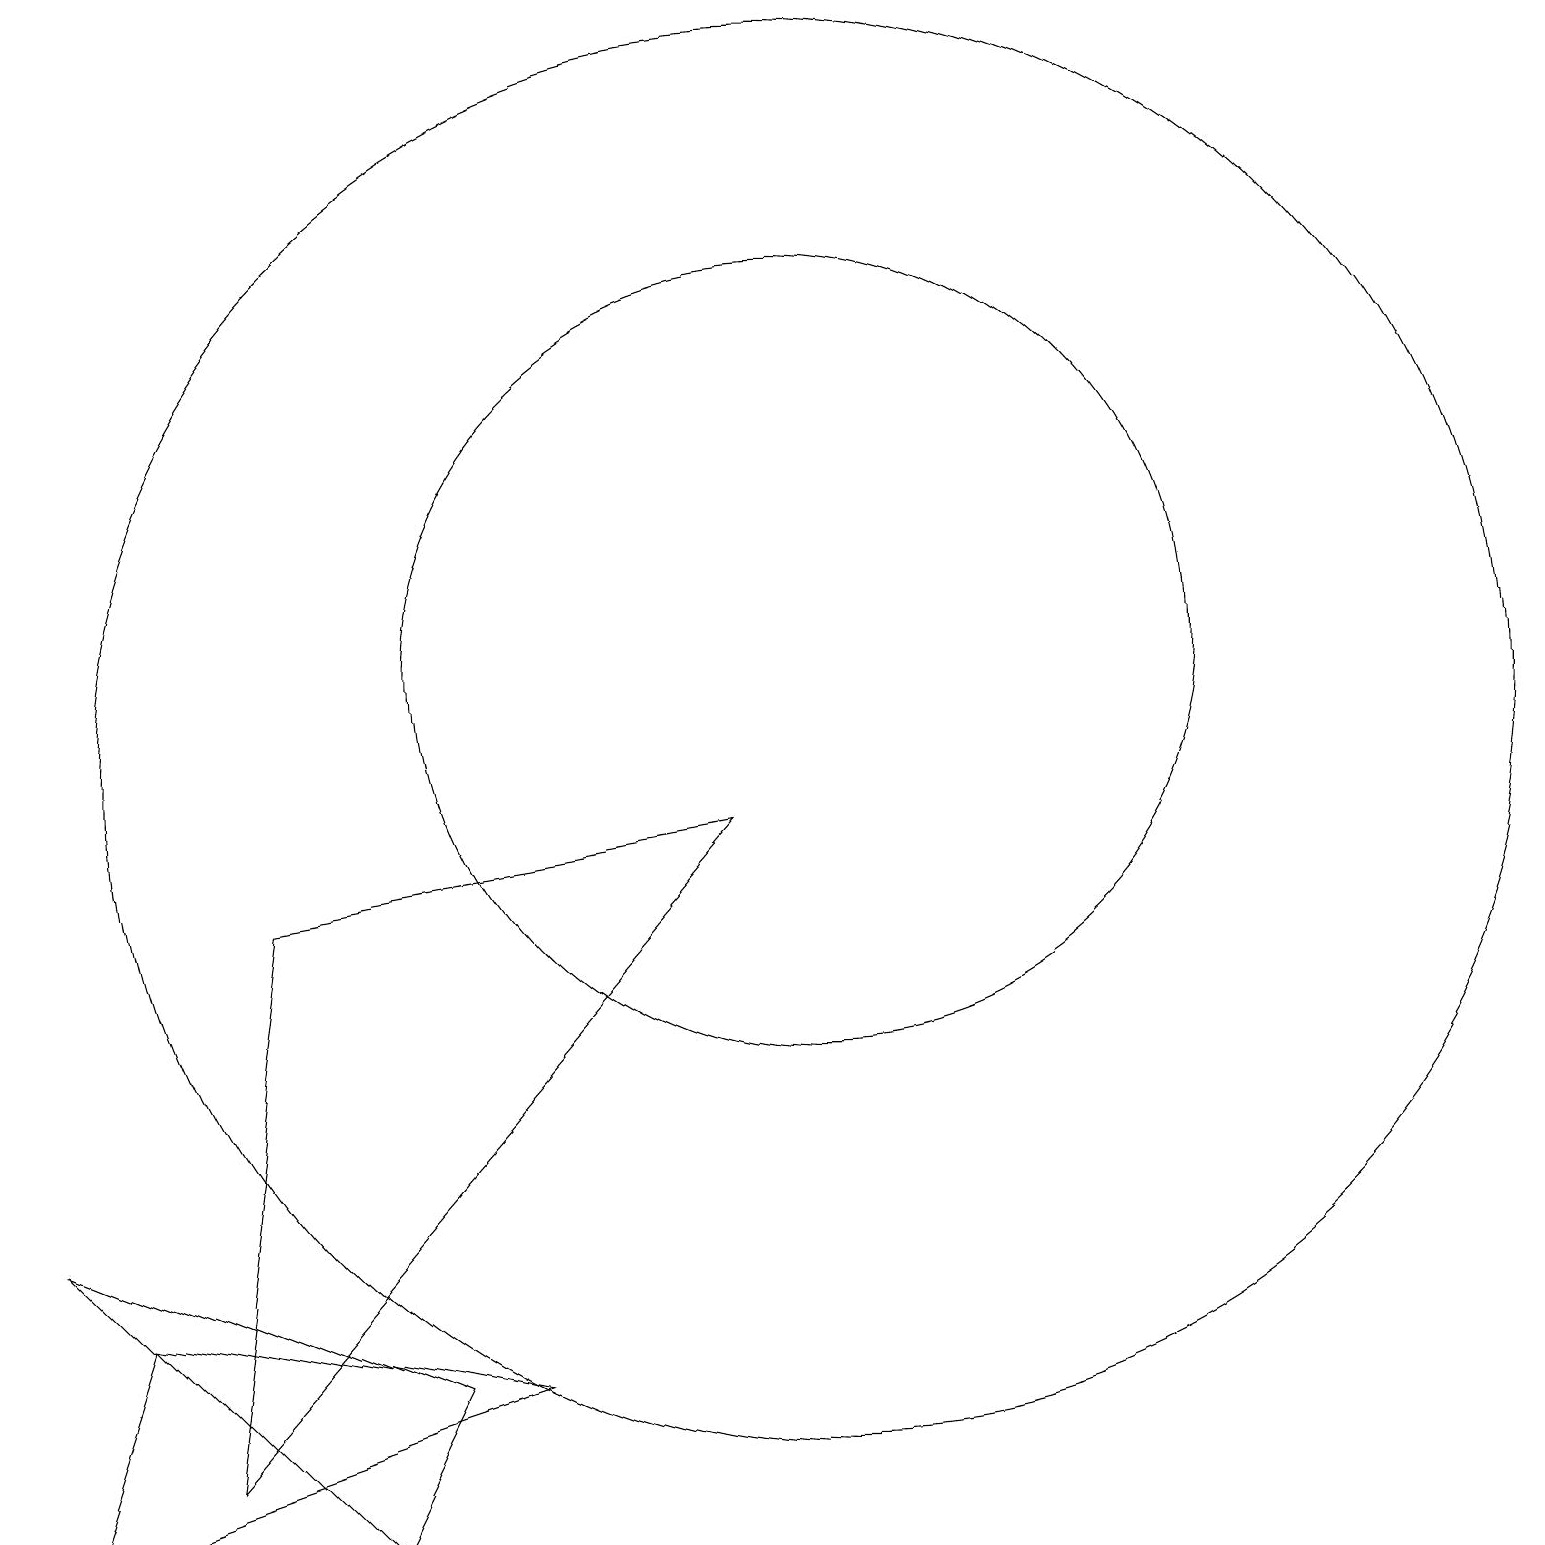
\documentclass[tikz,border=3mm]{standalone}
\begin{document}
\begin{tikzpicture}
\draw (6,2) -- (1,3) -- (0,0) -- cycle;
\draw (10,10) circle (9);
\draw (2,1) -- (9,9) -- (3,8) -- cycle;
\draw (4,0) -- (5,2) -- (0,4) -- cycle;
\draw (10,11) circle (5);
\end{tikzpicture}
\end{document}